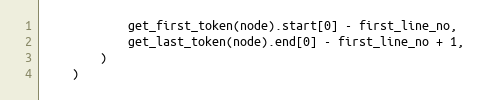
Language: Python
            get_first_token(node).start[0] - first_line_no,
            get_last_token(node).end[0] - first_line_no + 1,
        )
    )